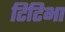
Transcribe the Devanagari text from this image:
टिटिभा